Vaccination North-Western Provinces and Oudh 1878-1895 - 1878-1895
Year: 1878
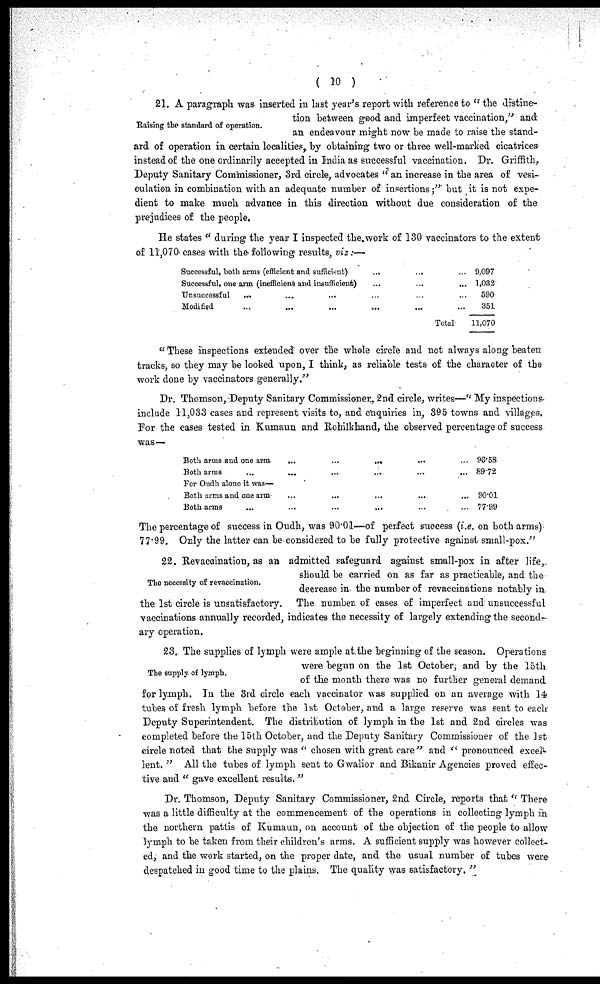
( 10 )
Raising the standard of operation.
21. A paragraph was inserted in last year's report with reference to " the distine-
tion between good and imperfeet vaccination," and
an endeavour might now be made to raise the stand-
ard of operation in certain localities, by obtaining two or three well-marked cicatrices
instead of the one ordinarily aceepted in India as successful vaccination. Dr. Griffith,
Deputy Sanitary Commissioner, 3rd circle, advocates " an increase in the area of vesi-
culation in combination with an adequate number of insertions ;" but it is not expe-
dient to make much advance in this direction without due consideration of the
prejudices of the people.
He states " during the year I inspected the work of 130 vaccinators to the extent
of 11,070 cases with the following results, viz:—
Successful, both arms (efficient and sufficient) ... ... ...
Successful, one arm (inefficient and insufficient) ... ... ...
Unsuccessful ... ... ... ... ... ...
Modified ... ... ... ... ... ...
Total
9,097
1,032
590
351
11,070
"These inspections extended over the whole circle and not always along beaten
tracks, so they may be looked upon, I think, as reliable tests of the character of the
work done by vaccinators generally."
Dr. Thomson, Deputy Sanitary Commissioner., 2nd circle, writes—" My inspections
include 11,033 cases and represent visits to, and enquiries in, 395 towns and villages.
For the cases tested in Kumaun and Rohilkhand, the observed percentage of success
was—
Both arms and one arm
...
...
...
...
...
Both arms
...
...
...
...
...
...
For Oudh alone it was—
Both arms and one arm
...
...
...
...
...
Both arms ... ... ... ... ... ...
96.58
89.72
90.01
77.99
The percentage of success in Oudh, was 90.01—of perfect success (i.e. on both arms)
77.99. Only the latter can be considered to be fully protective against small-pox."
The necessity of revaccination.
22. Revaccination, as an admitted safeguard against small-pox in after life,
should be carried on as far as practicable, and the
decrease in the number of revaccinations notably in
the 1st circle is unsatisfactory.
The number of cases of imperfect and unsuccessful
vaccinations annually recorded, indicates the necessity of largely extending the second-
ary operation.
The supply of lymph.
23. The supplies of lymph were ample at the beginning of the season. Operations
were begun on the 1st October, and by the 15th
of the month there was no further general demand
for lymph. In the 3rd circle each vaccinator was supplied on an average with 14
tubes of fresh lymph before the 1st October, and a large reserve was sent to each
Deputy Superintendent. The distribution of lymph in the 1st and 2nd circles was
completed before the 15th October, and the Deputy Sanitary Commissioner of the 1st
circle noted that the supply was " chosen with great care" and " pronounced excel-
lent. " All the tubes of lymph sent to Gwalior and Bikanir Agencies proved effec-
tive and " gave excellent results."
Dr. Thomson, Deputy Sanitary Commissioner, 2nd Circle, reports that " There
was a little difficulty at the commencement of the operations in collecting lymph in
the northern pattis of Kumaun, on account of the objection of the people to allow
lymph to be taken from their children's arms. A sufficient supply was however collect-
ed, and the work started, on the proper date, and the usual number of tubes were
despatched in good time to the plains. The quality was satisfactory. "